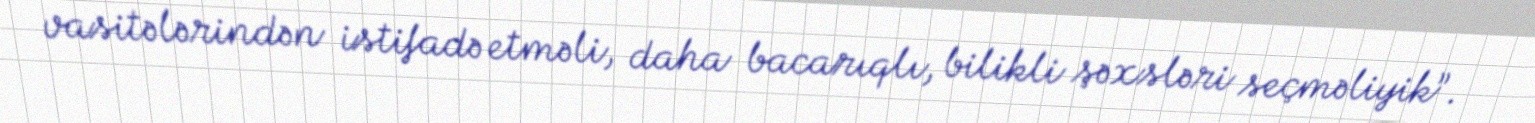
vasitələrindən istifadə etməli, daha bacarıqlı, bilikli şəxsləri seçməliyik”.